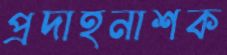
প্রদাহনাশক